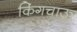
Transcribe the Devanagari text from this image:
किंगचाऊ